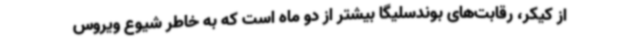
از کیکر، رقابت‌های بوندسلیگا بیشتر از دو ماه است که به خاطر شیوع ویروس